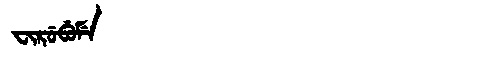
Manchu: ᠸᡳᡵᡠᠪᡠᠮᡝ
Romanization: FIRUBUME